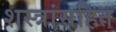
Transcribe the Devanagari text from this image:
शस्त्रांसहित